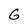
Character: G